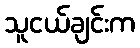
သူငယ်ချင်းက